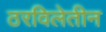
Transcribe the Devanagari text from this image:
ठरविलेतीन